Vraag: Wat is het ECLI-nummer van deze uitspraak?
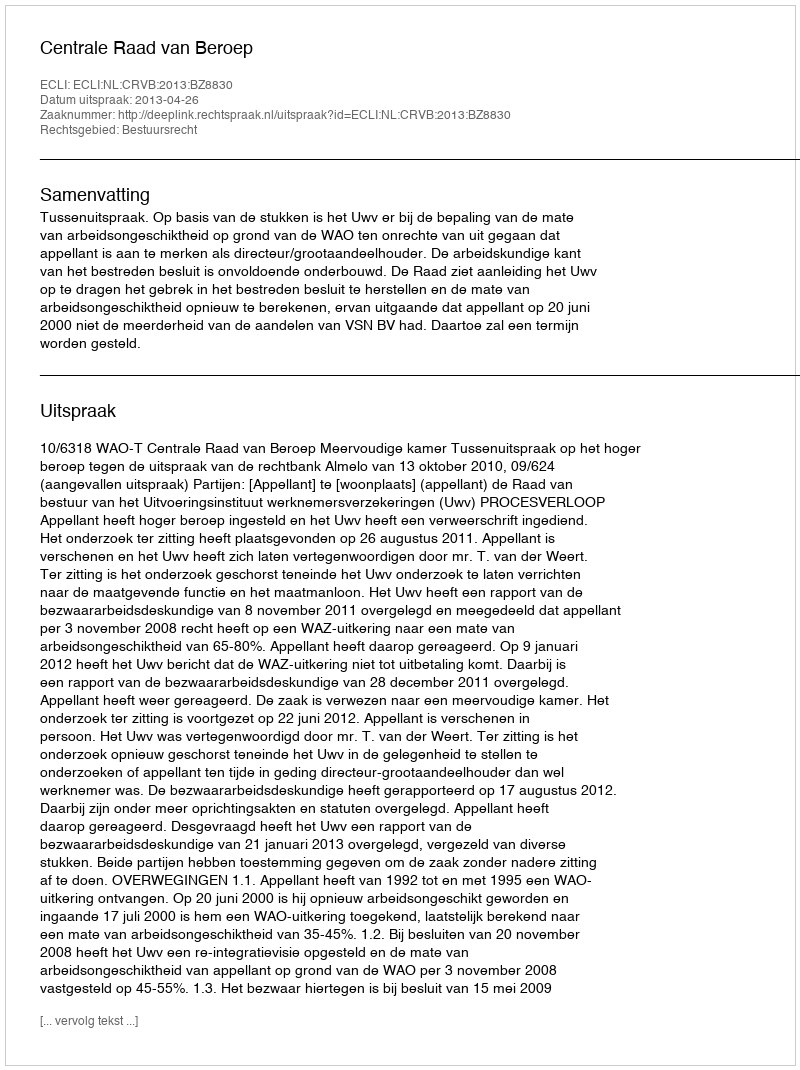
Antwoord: ECLI:NL:CRVB:2013:BZ8830